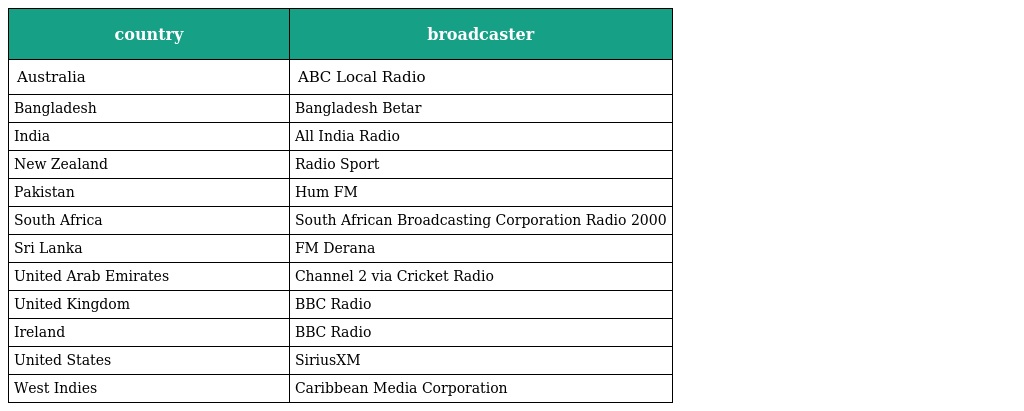
| country | broadcaster |
 | --- | --- |
 | Australia | ABC Local Radio |
 | Bangladesh | Bangladesh Betar |
 | India | All India Radio |
 | New Zealand | Radio Sport |
 | Pakistan | Hum FM |
 | South Africa | South African Broadcasting Corporation Radio 2000 |
 | Sri Lanka | FM Derana |
 | United Arab Emirates | Channel 2 via Cricket Radio |
 | United Kingdom | BBC Radio |
 | Ireland | BBC Radio |
 | United States | SiriusXM |
 | West Indies | Caribbean Media Corporation |